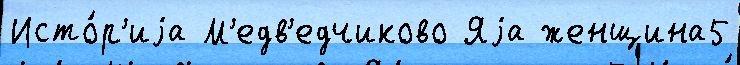
Исто́р'иjа М'едв'едчиково Яjа женщина5